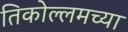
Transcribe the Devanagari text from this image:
तिकोल्लमच्या